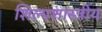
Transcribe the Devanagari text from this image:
शिल्पशास्त्रीय